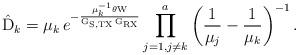
LaTeX: \begin{align*}\Hat{\mathrm{D}}_k = \mu_k \, e^{-\frac{\mu_k^{-1} \theta \mathrm{W}}{\mathrm{G}_{\mathrm{S,TX}}\,\mathrm{G}_{\mathrm{RX}}}} \prod_{j = 1, j \neq k}^a \left(\frac{1}{\mu_j} - \frac{1}{\mu_k}\right)^{-1}.\end{align*}